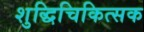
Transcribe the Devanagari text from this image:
शुद्धिचिकित्सक